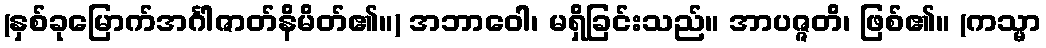
(နှစ်ခုမြောက်အင်္ဂါဇာတ်နိမိတ်၏။) အဘာဝေါ၊ မရှိခြင်းသည်။ အာပဇ္ဇတိ၊ ဖြစ်၏။ (ကသ္မာ